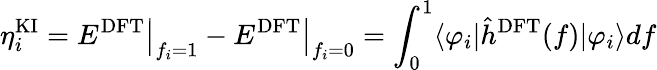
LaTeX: \eta_{i}^{\mathrm{KI}}=\left.E^{\mathrm{DFT}}\right|_{f_{i}=1}-\left.E^{\mathrm{DFT}}\right|_{f_{i}=0}=\int_{0}^{1}\langle\varphi_{i}\vert\hat{h}^{\mathrm{DFT}}(f)\vert\varphi_{i}\rangle df